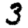
Digit: 3